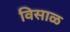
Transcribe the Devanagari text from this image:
विसाळ